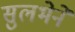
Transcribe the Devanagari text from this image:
सुलभेने